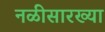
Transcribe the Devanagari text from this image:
नळीसारख्या